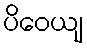
ပိဝေယျ